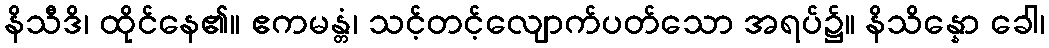
နိသီဒိ၊ ထိုင်နေ၏။ ဧကမန္တံ၊ သင့်တင့်လျောက်ပတ်သော အရပ်၌။ နိသိန္နော ခေါ၊